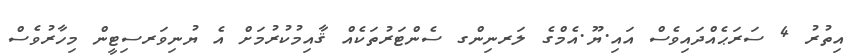
އިތުރު 4 ސަރަޙެއްދައިވެސް އައި.ޔޫ.އެމްގެ ލަރނިންގ ސެންޓަރުތަކެއް ޤާއިމުކުރުމަށް އެ ޔުނިވަރސިޓީން މިހާރުވެސް